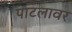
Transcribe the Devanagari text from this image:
पाटलावर